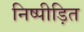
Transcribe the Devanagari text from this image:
निष्पीड़ित